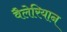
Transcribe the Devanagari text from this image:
वैलेरियान